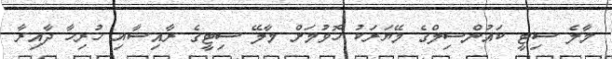
މާލެ ސިޓީ ކަައުންސިލްގެ މޭޔަރަކު ހޮވުމަށް މާލޭ ސިޓީގެ ރާއިސާއި ހުރިހާ ދާއިރާ